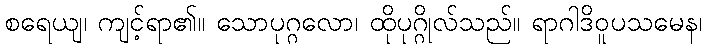
စရေယျ၊ ကျင့်ရာ၏။ သောပုဂ္ဂလော၊ ထိုပုဂ္ဂိုလ်သည်။ ရာဂါဒိဝူပသမေန၊